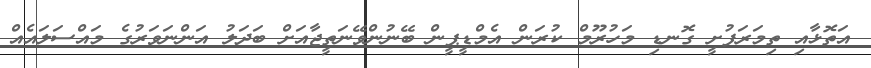
އަތޮޅާއި ތިމަރަފުށީ ގޮނޑި މަހުރޫމް ކުރަން އެމްޑީޕީން ބޭނުންވޭނަތީޖާއަށް ބަދަލު އަންނަވަރުގެ މައްސަލައެއް